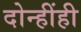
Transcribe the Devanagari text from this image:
दोन्हींही